Lunatic asylums Bombay report 1891-1903 - 1891-1903
Year: 1891
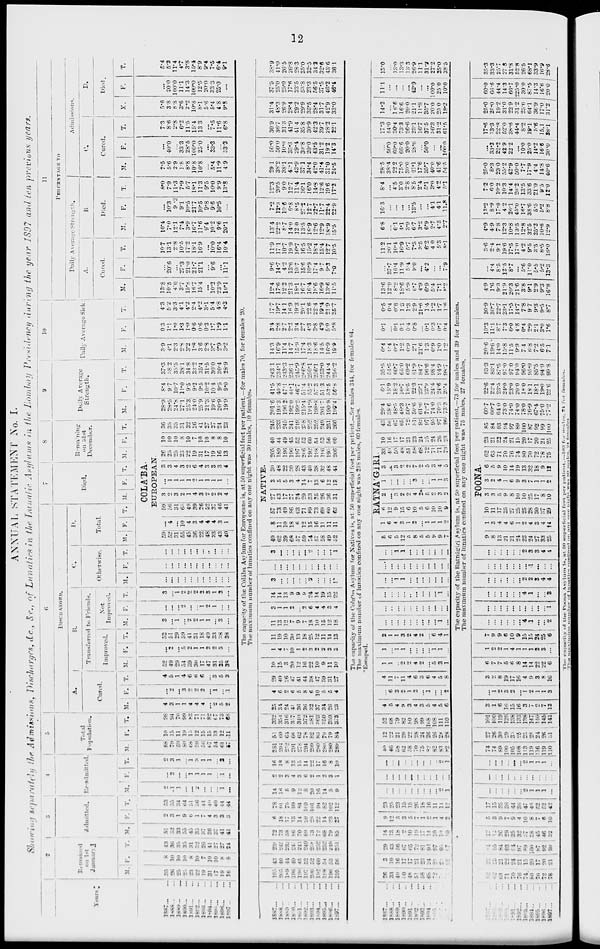
12
ANNUAL STATEMENT No. I.
Showing separately the Admissions, Discharges, &c., &c., of Lunatics in the Lunatic, Asylums in the Bombay Presidency during the year 1897 and ten previous years.
Years.
1887 ... ...
1888 ... ...
1889
...
...
1890 ... ...
1891 ... ...
1892 ... ...
1893 ... ...
1894 ... ...
1895 ... ...
1896 ... ...
1897 ... ...
1887 ... ...
1888 ... ...
1889 ... ...
1890 ... ...
1891 ... ...
1892
...
...
1893
...
...
1894 ... ...
1895 ... ...
1896 ... ...
1897 ... ...
1887
...
...
1888
...
...
1889
...
...
1890
...
...
1891
...
...
1882
...
...
1893 ... ...
1894 ... ...
1895 ... ...
1896 ... ...
1897 ... ...
1887 ... ...
1888 ... ...
1889 ... ...
1890 ... ...
1891 ... ...
1892 ... ...
1893 ... ...
1894 ... ...
1895
...
...
1896 ... ...
1897
...
...
2
Remained
on
1st
January
M.
35
26
25
25
23
22
19
31
17
19
16
195
205
189
196
196
197
206
192
198
196
195
26
33
40
10
48
51
58
68
72
72
71
62
62
63
71
70
76
74
60
70
72
78
F.
8
10
10
10
8
10
7
10
10
8
8
43
40
44
49
45
52
52
60
54
53
56
3
10
16
17
17
21
23
24
25
21
26
22
23
21
22
24
21
15
20
17
20
21
T.
43
36
35
35
31
32
26
41
27
27
24
239
245
233
245
241
249
258
252
252
249
251
29
43
56
67
65
72
81
92
97
93
97
84
85
84
93
94
97
89
100
87
92
99
3
Admitted.
M.
51
52
33
55
45
35
37
36
37
41
41
72
73
58
86
70
89
73
72
68
79
85
14
13
18
2
10
19
17
14
10
10
10
12
12
26
29
35
32
37
38
45
46
32
F.
2
3
1
9
6
1
7
4
3
3
3
6
18
17
13
14
20
28
22
14
23
27
9
12
5
3
5
4
1
2
1
4
2
5
3
9
7
9
4
10
8
7
6
10
T.
53
55
34
64
51
36
44
40
40
44
44
78
91
75
99
84
109
101
94
82
102
112
23
25
23
15
15
26
18
16
11
14
12
17
15
35
36
44
36
47
46
52
52
42
4
Re-admitted
M.
2
1
1
...
...
2
...
...
...
1
...
14
16
5
9
12
8
20
16
14
5
9
...
...
...
...
...
...
...
... ...
2
1
...
...
...
...
...
...
2
1
1
1
...
F.
...
2
...
...
1
1
1
1
...
1
...
2
2
3
4
3
6
2
1
2
3
1
...
...
...
...
...
...
...
...
...
...
...
...
...
...
...
...
...
...
...
...
...
...
T.
2
3
1
...
1
3 1
1
...
2
...
16
18
8
13
15
14
22
17
16
8
10
...
...
...
...
...
...
...
...
...
2
1
...
...
...
...
...
...
2
1
1
1
...
5
Total
Population.
M.
88
79
59
80
68
59
54
67
54
61
57
281
294
252
291
278
294
299
280
280
280
289
40
46
58
62
58
70
75
82
82
83
82
74
74
89
100
105
108
113
119
116
119
110
F.
10
15
11
19
15
12
15
15
13
12
11
51
60
64
66
62
78
82
83
70
79
84
12
22
21
20
22
28
24
26
26
28
28
27
26
30
29
33
25
25
28
24
26
31
T.
98
94
70
99
83
71
71
82
67
73
68
332
354
316
357
340
372
381
363
350
359
373
52
68
79
82
80
98
99
168
108
111
110
101
100
119
129
138
133
138
147
140
145
141
1
DISCHARGED.
A.
Cured.
M.
4
3
1
1
4
4
4
...
2
5
2
25
34
24
41
36
36
32
37
34
26
23
4
5
4
9
3
4
3
5
4
5
6
3
1
6
16
15
16
3
7
2
7
13
F.
...
2
...
3
2
2
2
...
1
...
1
4
6
2
6
5
8
6
10
5
5
4
...
6
3
2
1
2
...
1
...
...
2
...
1
2
3
2
...
1
2
1
1
3
T.
4
5
1
4
6
6
6
...
3
5
3
29
40
26
47
41
44
38
47
39
31
27
B.
Transferred to Friends.
Improved.
M.
52
49
29
54
39
30
17
47
31
35
38
10
15
3
20
12
16
22
10
9
11
10
F.
...
2
...
5
2
1
1
2
2
3
...
T.
52
51
29
59
41
31
18
49
33
38
38
Not
Improved.
M.
3
...
1
...
2
2
1
1
...
3
...
F.
...
...
...
2
...
...
1
2
1
...
...
T.
3
...
1
2
2
2
2
3
1
3
...
C.
Otherwise.
M.
...
...
...
...
...
...
...
...
...
...
...
F.
...
...
...
...
...
...
...
...
...
...
...
T.
...
...
...
...
...
...
...
...
...
...
...
D.
Total.
M.
F.
T.
7
Died.
M.
F.
T.
8
Remaining
on 31st
December.
M.
F.
T.
COLÁBA.
EUROPEAN.
59
52
31
55
45
36
22
48
33
43
40
...
4
...
10
4
3
4
4
4
3
1
59
56
31
65
49
39
26
52
37
46
41
3
2
3
2
1
4
3
2
2
2
4
...
1
1
1
1
2
1
1
1
1
...
3
3
4
3
2
6
4
3
3
3
4
26
25
25
23
22
19
31
17
19
16
13
10
10
10
8
10
7
10
10
8
8
10
36
35
35
31
32
26
41
27
27
24
23
9
Daily Average
Strength.
M.
28.9
28.5
24.8
27.1
25.3
24.0
25.9
21.3
19.6
20.9
199
F.
8.4
9.7
10.7
11.0
9.5
9.2
9.5
10.2
10.4
9.5
9.0
T.
37.3
38.2
35.5
38.1
34.8
33.2
35.4
31.5
30.0
30.4
28.9
10
Daily Average Sick.
M.
3.9
4.1
2.3
2.8
3.2
1.8
3.6
2.8
3.7
2.9
3.2
F.
0.3
1.1
1.0
1.3
1.0
0.6
0.6
0.3
1.7
1.9
1.1
T.
4.3
5.2
3.3
4.1
4.2
2.4
4.2
3.1
5.4
4.8
4.3
The capacity of the Colába Asylum for Europeans is, at 50 superficial feet per patient.—for males 70, for females 20.
The maximum number of lunatics confined on any one night was 30 males, 10 females.
1
4
7
10
1
2
3
2
2
3
3
11
19
10
30
13
18
25
12
11
14
13
11
13
12
7
9
7
18
10
15
12
18
3
1
1
2
...
2
6
4
4
3
4
14
14
13
9
9
9
24
14
19
15
22
3
...
...
...
...
...
2
...
...
...
1
...
...
...
...
...
...
...
...
...
...
...
3
...
...
...
...
...
2
...
...
...
1
NATIVE.
49
62
39
68
57
59
74
57
58
49
52
8
11
10
18
6
12
15
16
11
11
11
57
73
49
86
63
71
89
73
69
60
63
27
43
17
27
24
29
33
25
26
36
31
3
5
5
3
4
14
7
13
6
12
13
30
48
22
30
28
43
40
38
32
48
44
205
189
196
196
197
206
192
198
196
195
206
40
44
49
45
52
52
60
54
53
56
60
245
233
245
241
249
258
252
252
249
251
266
201.6
193.3
196.2
192.0
199.2
215.4
194.9
198.8
201.7
1909
199.4
41.5
40.8
47.1
44.1
46.7
51.4
55.2
57.3
51.3
53.5
56.8
243.1
234.1
243.3
236.1
245.9
266.8
250.1
256.1
253.0
244.4
256.2
14.3
16.9
11.4
14.7
15.9
17.4
18.3
18.6
14.5
16.9
19.9
3.4
2.8
2.7
2.2
3.4
2.7
4.3
3.8
4.9
5.0
5.8
The capacity of the Colába Asylum for Natives is, at 50 superficial feet per patient.—for males 344, for females 64.
The maximum number of lunatics confined on any one night was 218 males, 60 females.
*Escaped.
4
11
7
11
4
6
3
6
4
5
8
3
2
8
19
17
16
4
9
3
8
16
1
1
...
2
2
4
2
...
5
3
1
6
7
7
5
6
8
14
14
22
22
6
1
...
1
1
...
...
...
...
1
1
...
1
2
2
1
4
1
1
1
2
3
...
2
1
1
3
2
4
2
...
6
4
1
...
...
...
...
...
...
...
...
...
1
...
...
...
...
...
...
...
...
...
...
...
...
...
...
...
...
...
...
...
...
1
...
...
...
1
1
...
...
...
...
...
...
...
...
...
...
...
...
...
...
...
...
...
...
1
1
...
...
...
...
...
...
...
5
6
5
12
5
8
5
5
9
9
7
RATNÁGIRI.
1
6
4
3
1
2
...
1
1
1
2
6
12
9
15
6
10
5
6
10
10
9
2
...
3
2
2
4
2
5
2
3
2
1
...
...
...
...
3
...
...
1
1
3
3
...
3
2
2
7
2
5
3
4
5
33
40
50
48
51
58
68
72
71
71
73
10
16
17
17
21
23
24
25
24
26
23
43
56
67
65
72
81
92
97
95
97
96
29.4
38.6
48.5
48.3
50.7
59.6
61.6
72.7
74.0
70.3
73.3
6.1
15.9
18.2
16.7
18.5
22.3
23.1
23.9
24.4
24.6
25.4
35.5
54.5
60.7
65.0
69.2
81.9
84.7
96.6
98.4
94.9
98.7
0.4
0.4
0.7
1.2
0.9
2.1
21.6
1.3
0.9
1.0
1.2
0.1
...
0.1
0.1
0.4
0.8
...
0.1
0.3
0.7
0.4
17.7
19.7
14.1
16.9
19.3
20.1
22.6
22.4
19.4
21.9
25.7
0.5
0.4
0.8
1.3
1.3
2.9
21.6
1.4
1.2
1.7
1.6
The capacity of the Ratnágiri Asylum is, at 50 superficial feet per patient.—73 for males and 39 for females.
The maximum number of lunatics confined on any one night was 75 males, 27 females.
7
9
9
6
10
9
15
15
24
25
6
...
...
...
...
...
...
4
1
...
...
2
...
...
...
...
...
...
...
...
...
...
1
...
...
...
...
...
...
4
1
...
...
8
...
...
...
...
...
...
2
2
3
4
4
...
...
...
...
...
...
...
1
...
...
...
...
...
...
...
...
...
2
3
3
4
4
POONA.
9
8
13
21
21
24
23
24
27
33
25
1
3
4
4
6
1
2
4
3
4
†4
10
11
17
25
27
25
25
28
30
37
29
3
3
5
9
8
10
10
25
17
8
10
3
2
4
1
6
9
3
7
1
1
2
6
5
9
10
14
19
13
32
18
9
12
62
63
71
70
76
74
80
70
72
78
75
23
21
23
24
21
15
20
17
20
21
25
85
84
93
94
97
89
100
87
92
99
100
60.7
60.7
64.0
73.0
74.0
74.0
780
76.9
67.4
75.0
77.2
22.6
22.4
23.5
24.0
23.0
20.0
18.0
18.1
18.1
19.0
22.6
83.3
83.1
87.5
97.0
97.0
94.0
96.0
95.0
85.5
94.0
99.8
The capacity of the Poona Asylum is, at 50 superficial feet per patient.—103 for males. 24 for
females.
The maximum
number
of
lunatics
confined
on
any
one
night
was
80
males,
24
females.
20.6
19.6
14.0
15.8
11.5
9.9
7.4
6.8
7.2
6.5
7.1
10.3
11.1
8.7
7.3
6.0
48
0.4
2.9
2.1
3.0
1.6
30.9
30.7
22.7
23.1
17.5
14.7
7.8
9.7
9.3
9.5
8.7
11
PERCENTAGE TO
Daily Average Strength.
A.
Cured.
M.
13.8
10.5
4.0
3.7
15.8
16.7
15.4
...
10.2
23.9
10.1
12.4
17.6
12.2
21.3
18.1
16.7
16.4
18.6
16.9
13.6
11.5
13.6
12.9
8.2
18.6
5.9
6.7
4.9
6.9
5.4
7.1
8.2
4.9
1.6
9.3
21.9
20.3
21.6
3.8
9.1
2.9
9.3
16.8
F.
...
20.6
...
27.3
21.0
21.7
21.1
...
9.6
...
11.1
9.6
14.7
4.2
13.6
10.7
15.6
10.9
17.4
9.7
9.3
7.0
...
37.7
16.4
11.9
5.4
9.0
...
4.2
...
...
7.9
...
4.4
8.5
12.5
8.7
...
5.6
11.0
5.5
5.2
13.3
T.
10.7
13.1
2.8
10.5
17.2
18.1
16.9
...
10.0
16.4
10.4
11.9
17.1
10.7
19.9
16.7
16.5
15.2
18.4
15.4
12.7
10.5
11.2
20.1
10.4
16.9
5.7
7.3
3.5
6.2
4.0
5.3
8.1
3.6
2.4
9.1
19.6
17.5
17.0
4.2
9.5
3.5
8.5
16.0
B.
Died.
M.
10.4
7.0
12.1
7.4
3.9
16.7
11.6
9.4
10.2
9.6
20.1
13.4
23.2
8.7
14.0
12.0
13.5
16.9
12.6
12.9
18.9
15.5
6.8
...
6.1
4.1
3.9
6.7
3.2
6.9
2.7
4.3
2.7
4.9
4.9
7.8
12.3
10.8
13.5
12.8
32.5
25.2
10.6
12.9
F.
...
10.3
9.3
9.1
10.5
21.7
10.5
9.8
9.6
10.5
...
7.2
12.3
10.6
6.8
8.5
27.2
12.7
22.7
11.7
22.4
22.9
16.3
...
...
...
...
13.5
...
...
4.1
4.1
11.8
13.2
8.9
17.0
4.2
26.1
45.0
16.7
38.6
5.5
5.2
8.8
T.
8.0
7.9
11.3
7.9
5.7
18.1
11.3
9.5
10.0
9.9
13.8
12.3
20.5
9.0
12.7
11.4
16.1
16.0
14.8
12.6
19.6
17.2
8.4
...
4.5
3.0
2.8
8.5
2.4
5.1
3.0
4.2
5.1
7.2
6.0
10.2
10.3
14.4
20.2
13.5
33.6
21.0
9.5
12.0
Admissions.
C.
Cured.
M.
7.5
5.6
2.9
1.8
8.8
10.8
10.8
...
5.4
11.9
4.9
29.1
38.2
38.1
42.1
43.9
37.1
34.4
42.0
41.4
31.0
24.5
28.5
38.4
22.2
75.0
30.0
21.1
17.6
35.7
40.0
41.6
54.5
25.0
8.3
23.0
55.2
42.9
50.0
7.7
17.9
4.4
14.8
40.6
F.
...
40.0
...
33.3
28.5
100.0
250
...
33.3
...
33.3
50.0
30.0
10.0
35.3
29.4
30.8
20.0
43.5
31.2
19.2
14.3
...
50.0
60.0
66.6
20.0
28.0
...
50.0
...
...
100.0
...
33.3
22.2
42.9
22.2
...
10.0
25.0
14.2
16.6
30.0
T.
7.3
8.6
2.8
6.2
11.5
15.4
13.3
...
7.5
11.6
6.8
30.9
36.7
31.3
41.9
41.4
35.8
30.9
42.3
39.7
28.2
22.1
17.3
54.0
30.4
73.3
26.6
23.1
16.7
37.5
36.3
31.2
61.5
17.6
13.3
22.8
52.0
38.6
44.4
8.2
19.1
5.6
15.1
38.1
D.
Died.
M.
5.6
3.8
8.8
3.6
2.2
10.8
8.1
5.6
5.4
4.8
9.8
31.4
48.3
26.9
28.4
29.2
29.9
35.5
28.4
317
42.9
33.0
14.2
...
16.6
16.6
20.0
21.1
11.8
35.7
20.0
25.0
18.2
25.0
25.0
19.2
31.0
22.9
31.2
25.6
64.1
36.9
17.0
31.2
F.
...
20.0
100.0
11.1
14.3
100.0
12.5
20.0
33.3
25.0
...
37.5
25.0
25.0
17.6
23.5
53.8
23.3
56.5
37.5
46.2
46.4
11.1
...
...
...
...
42.9
...
...
100.0
25.0
10.0
60.0
66.6
44.4
14.3
66.7
225.0
30.0
87.5
14.3
16.6
20.0
T.
5.4
5.2
11.4
4.7
3.8
15.4
8.9
9.4
7.6
6.4
9.1
38.9
41.0
26.5
26.8
28.3
35.0
32.5
341
32.6
43.6
36.1
13.0
...
13.0
13.3
13.3
26.9
11.1
31.2
27.2
25.0
38.5
35.3
33.3
25.7
27.8
31.8
52.8
265
68.1
33.9
16.9
28.6